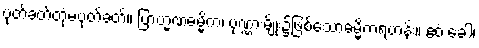
ပုတ်ခတ်တုံမပုတ်ခတ်။ ဗြာဟ္မဏဓမ္မိက၊ ပုဏ္ဏားမျိုး၌ဖြစ်သောဓမ္မိကရဟန်း။ ဧဝံ ခေါ၊